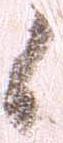
候